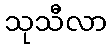
သုသီလာ